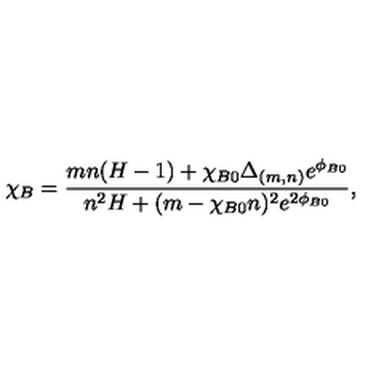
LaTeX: \chi _ { B } = \frac { m n ( H - 1 ) + \chi _ { B 0 } \Delta _ { ( m , n ) } e ^ { \phi _ { B 0 } } } { n ^ { 2 } H + ( m - \chi _ { B 0 } n ) ^ { 2 } e ^ { 2 \phi _ { B 0 } } } ,